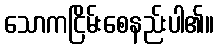
သောကငြိမ်းစေနည်းပါ၏။